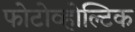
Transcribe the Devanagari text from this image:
फोटोव्होल्टिक